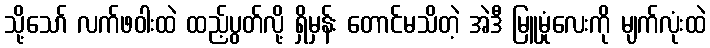
သို့သော် လက်ဖဝါးထဲ ထည့်ပွတ်လို့ ရှိမှန်း တောင်မသိတဲ့ အဲဒီ မြူမှုံလေးကို မျက်လုံးထဲ